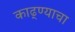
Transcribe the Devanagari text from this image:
काढ्ण्याचा